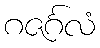
ဂဇင်္ဂလံ